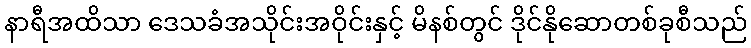
နာရီအထိသာ ဒေသခံအသိုင်းအဝိုင်းနှင့် မိနစ်တွင် ဒိုင်နိုဆောတစ်ခုစီသည်